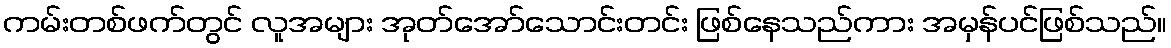
ကမ်းတစ်ဖက်တွင် လူအများ အုတ်အော်သောင်းတင်း ဖြစ်နေသည်ကား အမှန်ပင်ဖြစ်သည်။